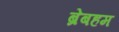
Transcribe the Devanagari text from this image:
ब्रेबहम